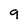
Character: 9